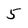
Character: 5